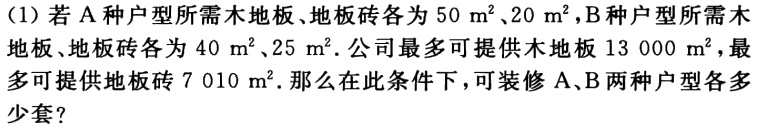
(1)若A种户型所需木地板、地板砖各为\(50\mathrm{m}^{2}\)、\(20\mathrm{m}^{2}\)，B种户型所需木地板、地板砖各为\(40\mathrm{m}^{2}\)、\(25\mathrm{m}^{2}\).公司最多可提供木地板\(13 000\mathrm{m}^{2}\)，最多可提供地板砖\(7 010\mathrm{m}^{2}\).那么在此条件下，可装修A、B两种户型各多